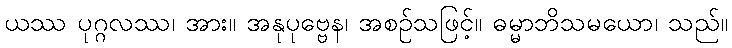
ယဿ ပုဂ္ဂလဿ၊ အား။ အနုပုဗ္ဗေန၊ အစဉ်သဖြင့်။ ဓမ္မာဘိသမယော၊ သည်။